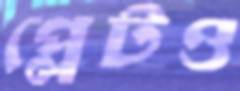
প্লেটও